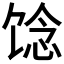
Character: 𩠈